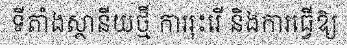
ទីតាំងស្ថានីយថ្មី ការរុះរើ និងការធ្វើឱ្យ